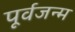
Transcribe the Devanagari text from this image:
पूर्वजन्‍म